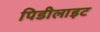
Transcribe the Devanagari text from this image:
पिडीलाइट